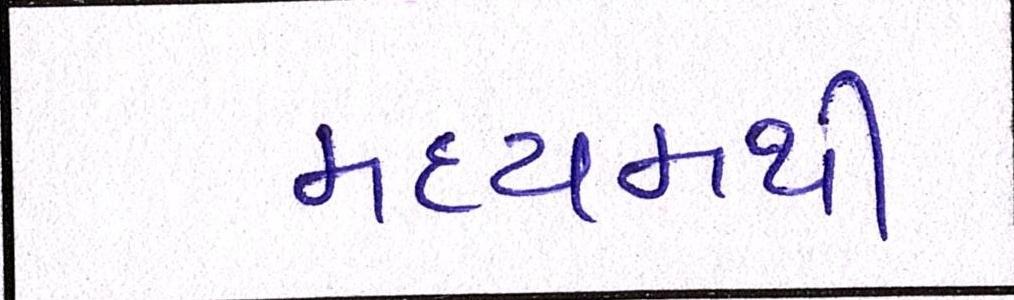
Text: મધ્યમથી